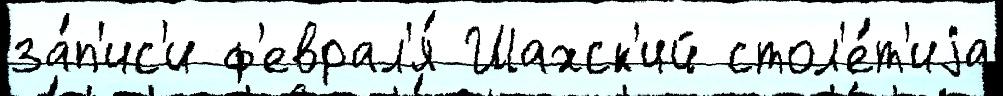
за́п'ис'и ф'еврал'я́ Шахск'ий стол'е́т'иjа